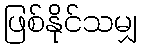
ဖြစ်နိုင်သမျှ